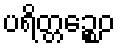
ပရိတ္တဉ္စေဝ